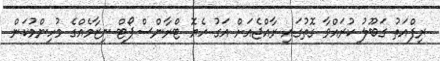
ރިފްއަތު ގަބޫލު ކުރައްވާ ގޮތުގައި ރާއްޖެއަށް އަގު ހެޔޮ ޓްރާންސްޕޯޓް ނިޒާމެއްގެ މުހިންމުކަން